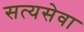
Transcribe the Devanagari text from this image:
सत्यसेवा